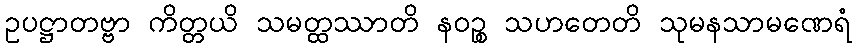
ဥပဋ္ဌာတဗ္ဗာ ကိတ္တယိ သမတ္ထဿာတိ နဝဉ္စ သဟတေတိ သုမနသာမဏေရံ